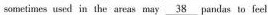
sometimes used in the areas may \underline { 3 8 } pandas to feel